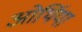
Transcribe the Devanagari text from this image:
ओर्थिया